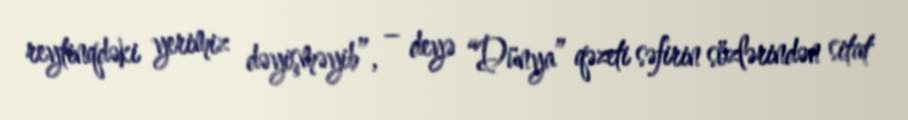
reytinqdəki yerimiz dəyişməyib”, – deyə “Dünya” qəzeti səfirin sözlərindən sitat